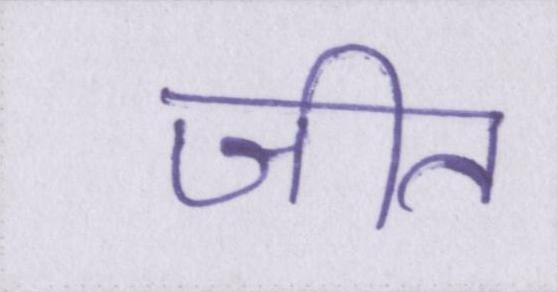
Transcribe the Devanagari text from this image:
जीत